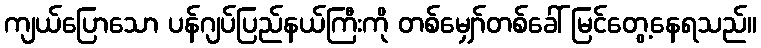
ကျယ်ပြောသော ပန်ဂျပ်ပြည်နယ်ကြီးကို တစ်မျှော်တစ်ခေါ် မြင်တွေ့နေရသည်။